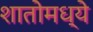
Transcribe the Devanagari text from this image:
शातोमध्ये